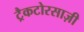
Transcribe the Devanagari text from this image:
ट्रैकटोरसाज़ी